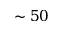
\sim 5 0